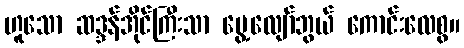
ဟူသော ဆဒ္ဒန်အိုင်ကြီးသာ မွေ့လျော်ဘွယ် ကောင်းလေစွ။